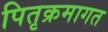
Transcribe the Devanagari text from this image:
पितृक्रमागत